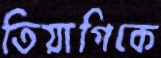
তিয়াগিকে